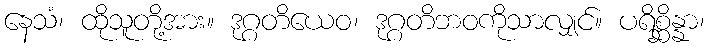
နေသံ၊ ထိုသူတို့အား။ ဒုဂ္ဂတိယေဝ၊ ဒုဂ္ဂတိဘဝကိုသာလျှင်။ ပရိစ္ဆိန္နာ၊